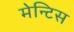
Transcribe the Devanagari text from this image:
मेन्टिस